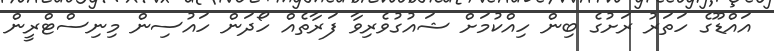
އައްޑޫގެ ހަތަރު ރަށުގެ ބިން ހިއްކުމަށް ޝައުގުވެރިވާ ފަރާތެއް ހޯދަން ހައުސިން މިނިސްޓްރީން